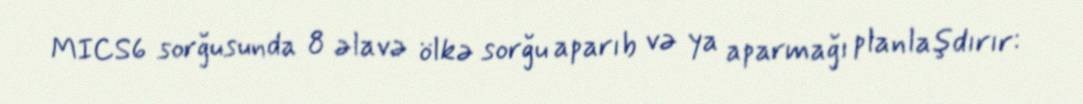
MICS6 sorğusunda 8 əlavə ölkə sorğu aparıb və ya aparmağı planlaşdırır: